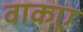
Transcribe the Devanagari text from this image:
वाकए